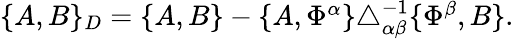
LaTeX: \begin{array}{r}{\{ A,B\} _{D}=\{ A,B\} -\{ A,\Phi^{\alpha}\} \triangle_{\alpha\beta}^{-1}\{ \Phi^{\beta},B\} .}\end{array}